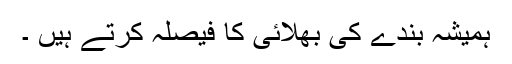
ہمیشہ بندے کی بھلائی کا فیصلہ کرتے ہیں ۔